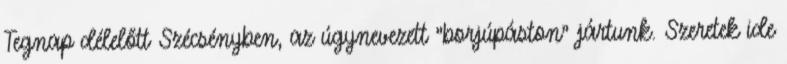
Tegnap délelőtt Szécsényben, az úgynevezett "borjúpáston" jártunk. Szeretek ide